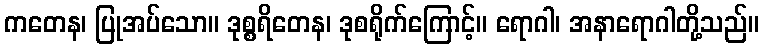
ကတေန၊ ပြုအပ်သော။ ဒုစ္စရိတေန၊ ဒုစရိုက်ကြောင့်။ ရောဂါ၊ အနာရောဂါတို့သည်။